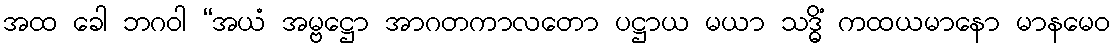
အထ ခေါ ဘဂဝါ “အယံ အမ္ဗဋ္ဌော အာဂတကာလတော ပဋ္ဌာယ မယာ သဒ္ဓိံ ကထယမာနော မာနမေဝ